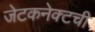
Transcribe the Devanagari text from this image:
जेटकनेक्टची